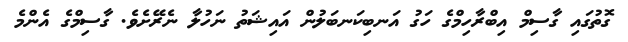
ގޮތުގައި ގާސިމް އިބްރާހިމްގެ ހަގު އަނބިކަނބަލުން އައިޝަތު ނަހުލާ ނެރޭށެވެ. ގާސިމްގެ އެންމެ